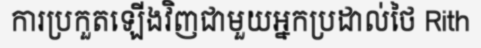
ការប្រកួតឡើងវិញជាមួយអ្នកប្រដាល់ថៃ Rith